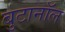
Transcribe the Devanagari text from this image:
बुटानॉल